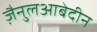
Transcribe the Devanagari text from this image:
जै़नुलआबेदीन